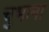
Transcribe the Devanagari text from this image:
चुभाना